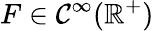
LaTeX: F\in{\mathcal{C}}^{\infty}(\mathbb{R}^{+})